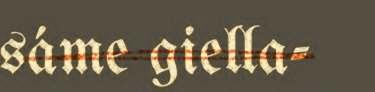
sáme giella-